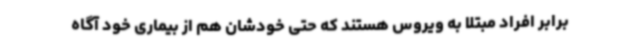
برابر افراد مبتلا به ویروس هستند که حتی خودشان هم از بیماری خود آگاه